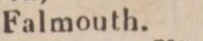
Falmouth.